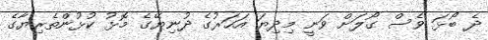
ދެ ބޯޅަ ވެސް ގޯލަށް ވަނީ މިދިޔަ އަހަރުގެ ދުނިޔޭގެ މޮޅު ކުޅުންތެރިޔާގެ